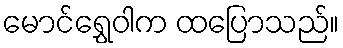
မောင်ရွှေဝါက ထပြောသည်။